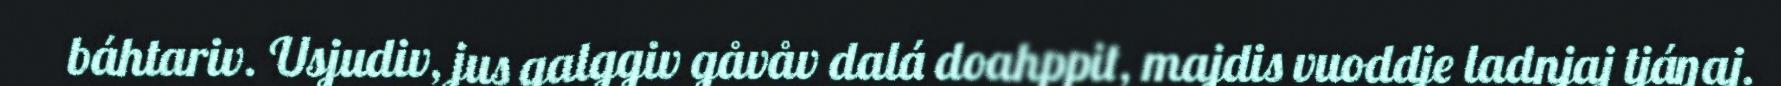
báhtariv. Usjudiv, jus galggiv gåvåv dalá doahppit, majdis vuoddje ladnjaj tjáŋaj.